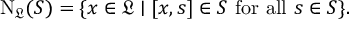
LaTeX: \mathrm { N } _ { \mathfrak { L } } ( S ) = \{ x \in { \mathfrak { L } } \mid [ x , s ] \in S { \mathrm { ~ f o r ~ a l l ~ } } s \in S \} .